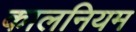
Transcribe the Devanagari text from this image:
कालनियम